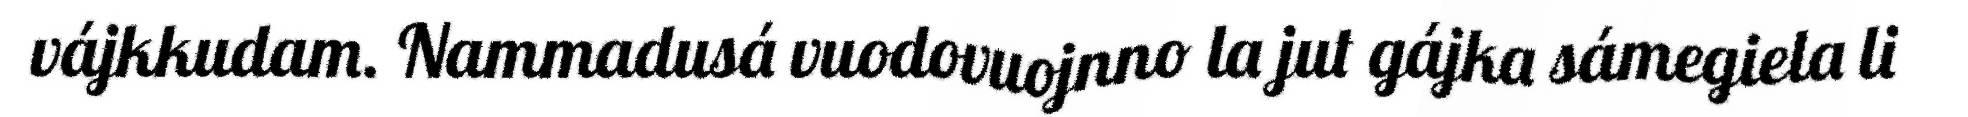
vájkkudam. Nammadusá vuodovuojnno la jut gájka sámegiela li